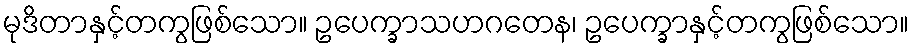
မုဒိတာနှင့်တကွဖြစ်သော။ ဥပေက္ခာသဟဂတေန၊ ဥပေက္ခာနှင့်တကွဖြစ်သော။